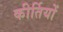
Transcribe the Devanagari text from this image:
कीर्तियों